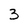
Character: 3